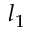
l _ { 1 }